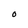
Character: t